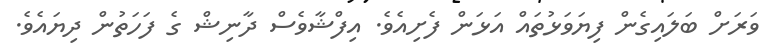
ވަރަށް ބަލައިގެން ފިޔަވަޅުތައް އަޅަން ފެށިއެވެ. އިފްޝާވެސް ދާނިޝް ގެ ފަހަތުން ދިޔައެވެ.